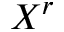
X ^ { r }